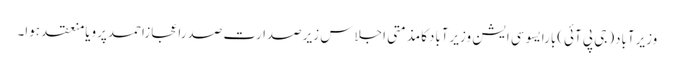
وزیرآباد(جی پی آئی)بارایسوسی ایشن وزیرآبادکامذمتی اجلاس زیرصدارت صدراعجازاحمدپرویامنعقد ہوا۔